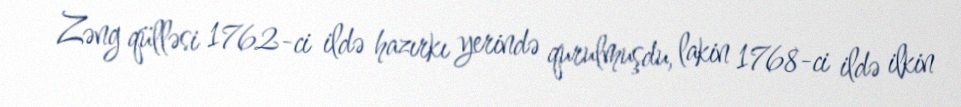
Zəng qülləsi 1762-ci ildə hazırkı yerində qurulmuşdu, lakin 1768-ci ildə ilkin